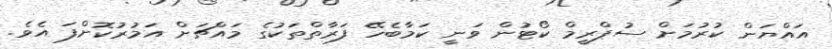
އައްޔަން ކުރުމަށް ސުޕްރީމް ކޯޓުން ވަނީ ކަމާބެހޭ ފަރާތްތަކުގެ މައްޗަށް އަމުރުކޮށްފަ އެވެ.